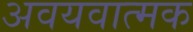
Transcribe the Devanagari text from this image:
अवयवात्मक